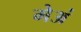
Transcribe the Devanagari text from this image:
मेअं